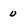
Character: u